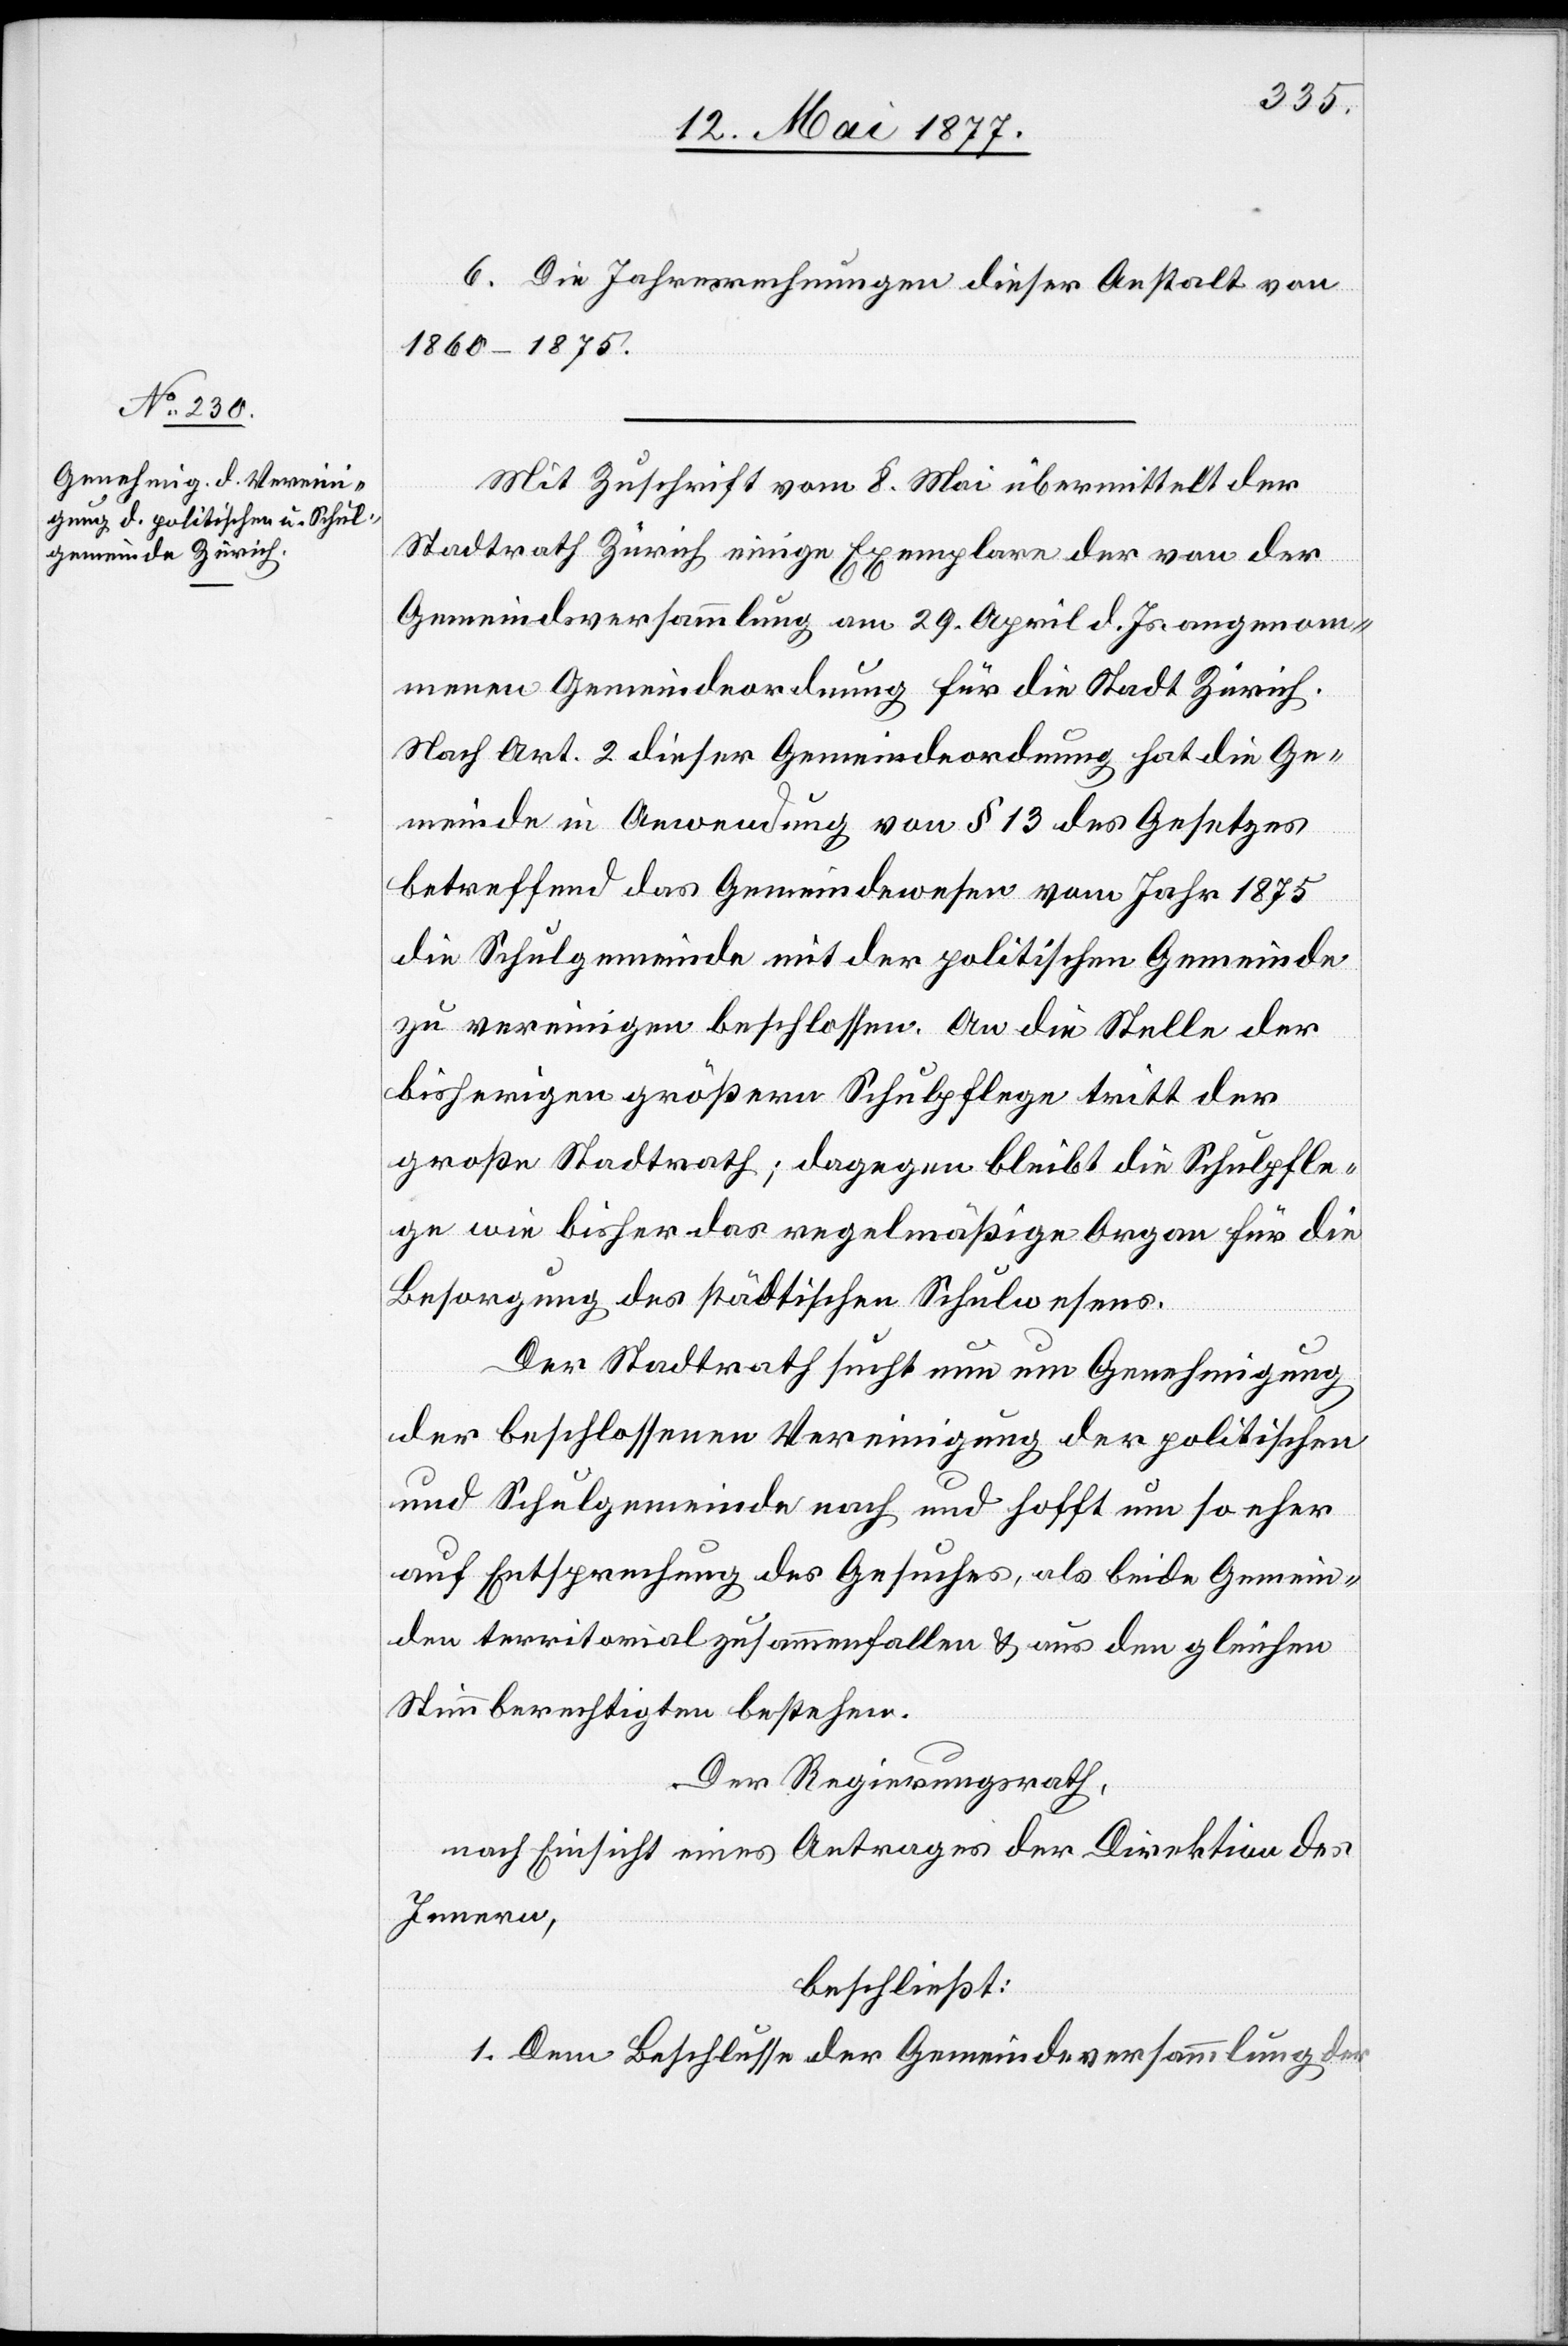
6. Die Jahresrechnungen dieser Anstalt von
1860–1875.
Mit Zuschrift vom 8. Mai übermittelt der
Stadtrath Zürich einige Exemplare der von der
Gemeindsversammlung am 29. April d. Js. angenom¬
menen Gemeindeordnung für die Stadt Zürich.
Nach Art. 2 dieser Gemeindeordnung hat die Ge¬
meinde in Anwendung von § 13 des Gesetzes
betreffend das Gemeindewesen vom Jahr 1875
die Schulgemeinde mit der politischen Gemeinde
zu vereinigen beschlossen. An die Stelle der
bisherigen größern Schulpflege tritt der
große Stadtrath; dagegen bleibt die Schulpfle¬
ge wie bisher das regelmäßige Organ für die
Besorgung des städtischen Schulwesens.
Der Stadtrath sucht nun um Genehmigung
der beschlossenen Vereinigung der politischen
und Schulgemeinde nach und hofft um so eher
auf Entsprechung des Gesuches, als beide Gemein¬
den territorial zusammenfallen & aus den gleichen
Stimmberechtigten bestehen.
Der Regierungsrath,
nach Einsicht eines Antrages der Direktion des
Innern,
beschließt:
1. Dem Beschlusse der Gemeindeversammlung der